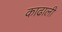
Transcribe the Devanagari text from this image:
काढाली